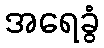
အရေခွံ